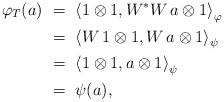
LaTeX: \begin{align*} \varphi_T(a) &\ =\ \left<1\otimes 1, W^*W\, a \otimes 1\right>_\varphi \\ & \ =\ \left<W\, 1\otimes 1, W\, a\otimes1\right>_\psi \\ & \ = \ \left<1\otimes1, a\otimes1\right>_\psi \\ & \ = \ \psi(a),\end{align*}